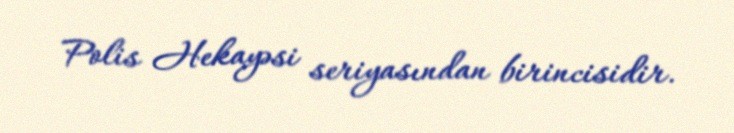
Polis Hekayəsi seriyasından birincisidir.